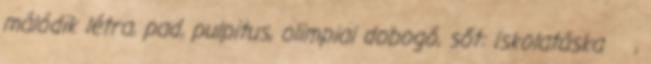
málódik létra, pad, pulpitus, olimpiai dobogó, sőt: iskolatáska ,